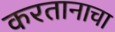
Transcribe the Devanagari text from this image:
करतानाचा